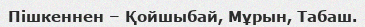
Пішкеннен – Қойшыбай, Мұрын, Табаш.